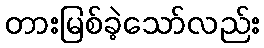
တားမြစ်ခဲ့သော်လည်း